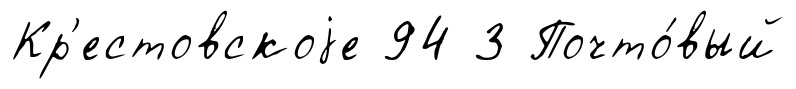
Кр'естовскоjе 94 3 Почто́вый